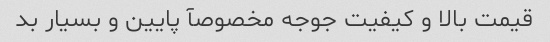
قیمت بالا و کیفیت جوجه مخصوصآ پایین و بسیار بد